Indian journal of veterinary science and animal husbandry - Volumes 26-27, 1956-1957
Year: 1956
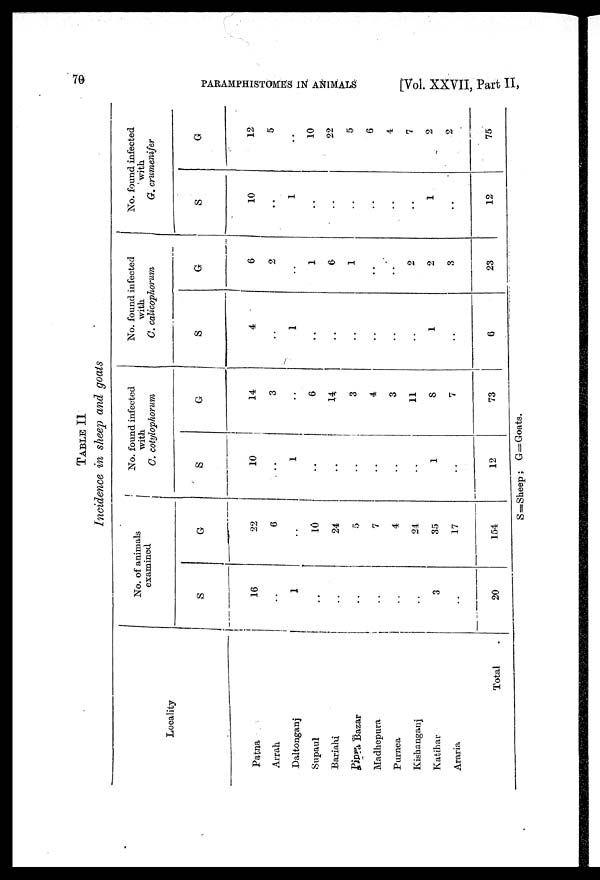
70
PARAMPHISTOMES
IN
ANIMALS
[Vol.
XXVII, Part II,
TABLE II
Incidence in sheep and goats
Locality
Patna
Arrah
Daltonganj
Supaul
Bariahi
Pipra Bazar
Madhepura
Purnea
Kishanganj
Katihar
Araria
Total .
No. of animals
examined
S
16
..
1
..
..
..
..
..
..
3
..
20
G
22
6
..
10
24
5
7
4
24
35
17
154
No. found infected
with
C.
cotylophorum
S
10
..
1
..
..
..
..
..
..
1
..
12
G
14
3
..
6
14
3
4
3
11
8
7
73
No. found infected
with
C. calicophorum
S
4
..
1
..
..
..
..
..
..
1
..
6
G
6
2
..
1
6
1
..
..
2
2
3
23
No. found infected
with
G. crumenifer
S
10
..
1
..
..
..
..
..
..
1
..
12
G
12
5
..
10
22
5
6
4
7
2
2
75
S=Sheep ; G=Goats.